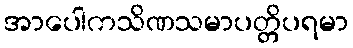
အာပေါကသိဏသမာပတ္တိပရမာ